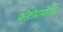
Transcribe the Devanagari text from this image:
फोटोग्राफीचा